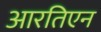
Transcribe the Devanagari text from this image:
आरतिएन